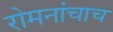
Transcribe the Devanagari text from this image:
रोमनांचाच